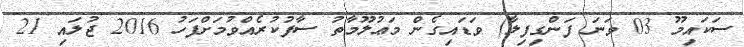
ސަކައިމޫ 03 ވަނަ ފަންގިފިލާ) ވަޑައިގެން މަޢުލޫމާތު ސާފުކުރެއްވުމަށްފަހު 2016 ޖުލައި 21